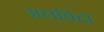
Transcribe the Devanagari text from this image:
अलविदा